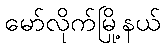
မော်လိုက်မြို့နယ်